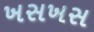
ખસખસ